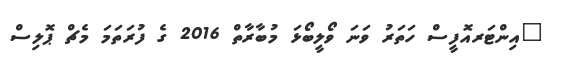
"އިންޓަރއޮފީސް ހަތަރު ވަނަ ވޯލީބޯޅަ މުބާރާތް 2016 ގެ ފުރަތަމަ މެޗް ޕޮލިސް